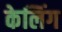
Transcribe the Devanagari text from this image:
केलिंग